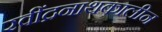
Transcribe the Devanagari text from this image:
रवींद्रनाथकालीन